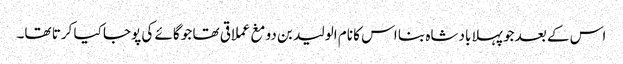
اس کے بعد جو پہلا بادشاہ بنا اس کا نام الولید بن دومغ عملاقی تھا جو گائے کی پوجا کیا کرتا تھا۔